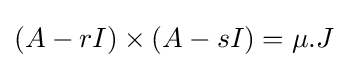
(A-rI)\times (A-sI)=\mu .J